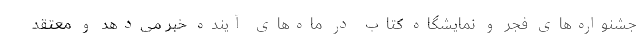
جشنواره‌های فجر و نمایشگاه کتاب در ماه‌های آینده خبر می‌دهد و معتقد